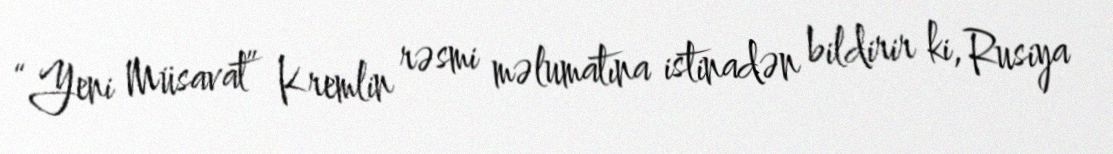
“Yeni Müsavat” Kremlin rəsmi məlumatına istinadən bildirir ki, Rusiya